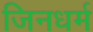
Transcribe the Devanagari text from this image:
जिनधर्म